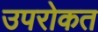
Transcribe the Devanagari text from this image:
उपरोकत